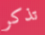
تذكر